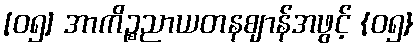
[၀၅] အာကိဉ္စညာယတနဈာန်အဖွင့် {၀၅}